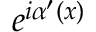
e ^ { i \alpha ^ { \prime } ( x ) }